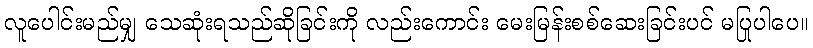
လူပေါင်းမည်မျှ သေဆုံးရသည်ဆိုခြင်းကို လည်းကောင်း မေးမြန်းစစ်ဆေးခြင်းပင် မပြုပါပေ။